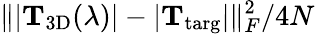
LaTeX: \lVert|\mathbf{T}_{\mathrm{3D}}(\lambda)|-|\mathbf{T}_{\mathrm{targ}}|\rVert_{F}^{2}/4N